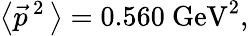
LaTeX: \left<\vec{p}^{\, 2}\, \right>=0.560~\mathrm{GeV}^{2},